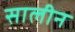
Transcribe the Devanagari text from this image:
सालीन